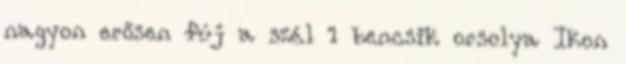
nagyon erősen fúj a szél 1 bencsik orsolya Ikon